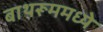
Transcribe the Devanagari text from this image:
बाथरूममध्ये